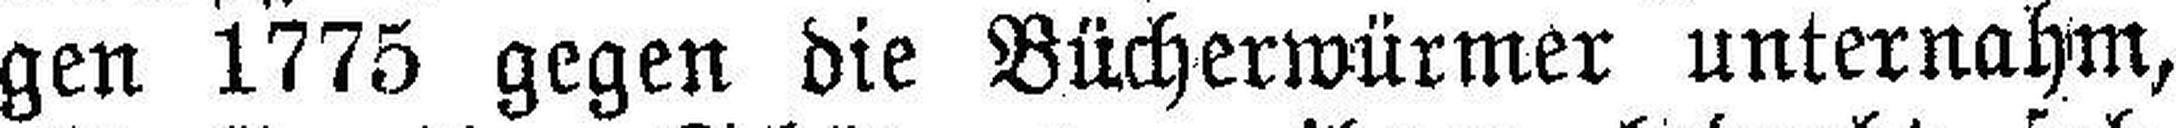
gen 1775 gegen die Bücherwürmer unternahm,